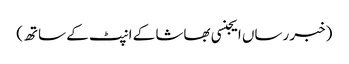
(خبر رساں ایجنسی بھاشا کے انپٹ کے ساتھ)